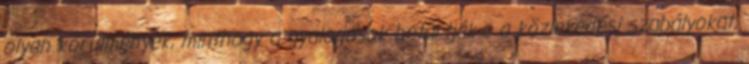
olyan körülmények, minthogy a gyalogosok betartják-e a közlekedési szabályokat,